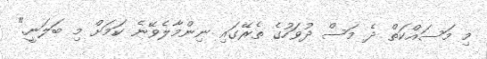
މި މަސައްކަތް ދެ މަސް ދުވަހުގެ ތެރޭގައި ނިންމާލެވޭނެ ކަމަށް މި ބަލަނީ."